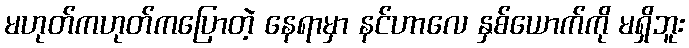
မဟုတ်ကဟုတ်ကပြောတဲ့ နေရာမှာ နင်ဟာလေ နှစ်ယောက်ကို မရှိဘူး